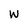
Character: W